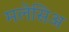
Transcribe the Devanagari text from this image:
मलेसिअ